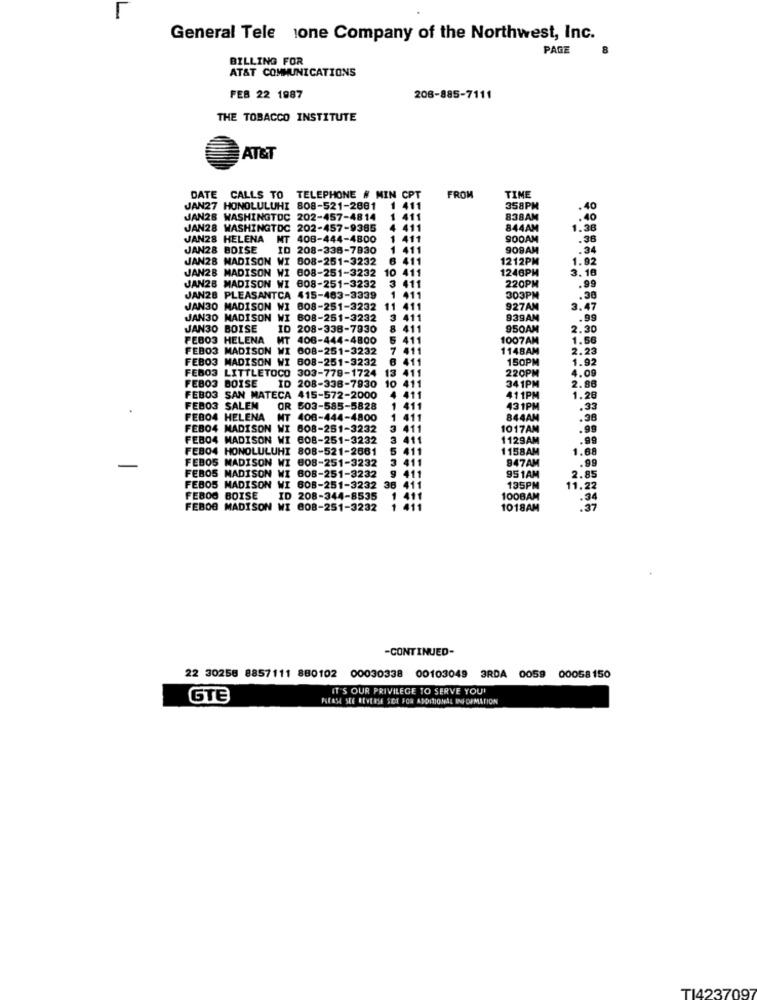
General Tele ione Company of the Northwest, Inc.
PAGE
BILLING FOR
AT&T COMMUNICATIONS
FEB 22 1987
208-885-7111
THE TOBACCO INSTITUTE
AT&T
DATE CALLS TO TELEPHONE # MIN CPT
FROM
TIME
JAN27 HONOLULUHI 808-521-2881
1 411
358PM
.40
JAN28 WASHINGTOC 202-457-4814
411
838AM
.40
JAN28 WASHINGTDC 202-457-9385
411
844AM
1.38
JAN28 HELENA
MT 408-444-4800
411
900AM
.38
JAN28 BOISE
ID 208-338-7830
411
909AM
.34
JAN28 MADISON WI 808-251-3232
6 411
1212PM
1.92
JAN28 MADISON WI 008-251-3232
1246PM
3. 16
411
JAN28 MADISON WI 008-251-3232
3 411
220PM
.99
JAN28 PLEASANTCA 415-463-3339
1 411
303PM
.38
JAN30 MADISON WI
808-251-3232
411
927AM
3.47
JAN30 MADISON
MI
608-251-3232
411
939AM
.99
JAN30 BOISE
ID 208-338-7930
950AM
2.30
PEBO3 HELENA
MT
406-444-4800
1007AM
1.56
FEBO3 MADISON WI 608-251-3232
1148AM
2.23
FEBO3 MADISON WI 608-251-3232
150PM
1.92
FEBO3 LITTLETOCO 303-779-1724
220PM
4.09
FEBO3 BOISE
ID
341PM
208-338-7930
2.88
FEBO3 SAN MATECA 415-572-2000
411PM
1.28
FEB03 SALEM
503-585-5828
431PM
.33
FEBO4 HELENA
NT 408-444-4800
844AM
.38
FEBO4 MADISON WI 608-251-3232
1017AM
.99
FEBO4 MADISON WI 608-251-3232
1129AM
.99
FEB04 HONOLULUHI 808-521-2661
1158AM
1.68
FEBOS MADISON WI 808-251-3232
947AM
.99
FEBOS MADISON WI 608-251-3232
11
951AM
2.85
FEBOS MADISON W
608-251-3232 38
411
135PM
11.22
FEBOO BOISE
208-344-8535
411
100BAM
FEBOG MADISON WI 008-251-3232
1018AM
:37
-CONTINUED-
22 30258 8857111 880102
00030338 00103049
3RDA 0059 00058150
IT'S OUR PRIVILEGE TO SERVE YOU'
GTE
PLEASE SEE REVERSE SOE FOR ADDITIONAL INFORMATION
TI4237097